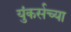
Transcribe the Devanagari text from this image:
युंकर्सच्या